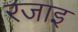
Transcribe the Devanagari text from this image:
रजाइ